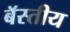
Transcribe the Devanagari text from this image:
बॅस्तीय